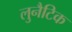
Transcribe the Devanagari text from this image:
लुनैटिक